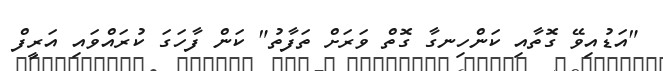
"އަޑުއިވޭ ގޮތާއި ކަންހިނގާ ގޮތް ވަރަށް ތަފާތު" ކަން ފާހަގަ ކުރައްވައި އަރީފް